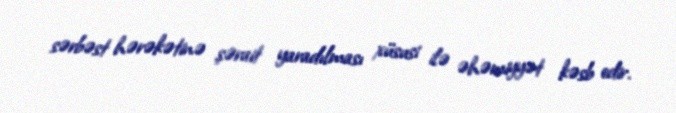
sərbəst hərəkətinə şərait yaradılması xüsusi ilə əhəmiyyət kəsb edir.